Development of the Leishman-Donovan parasite in Cimex rotundatus - Number 31
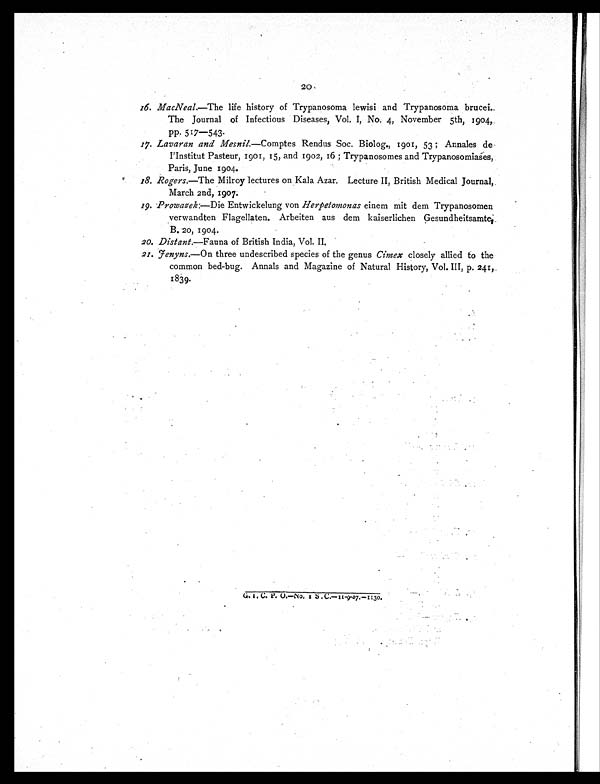
20
16. MacNeal.—The life history of Trypanosoma lewisi and Trypanosoma brucei.
The Journal of Infectious Diseases, Vol. I, No. 4, November 5th, 1904,
PP. 517—543.
17. Lavaran and Mesnil.—Comptes Rendus Soc. Biolog., 1901, 53 ; Annales de
I'Institut Pasteur, 1901, 15, and 1902, 16 ; Trypanosomes and Trypanosomiases,
Paris, June 1904.
18. Rogers.—The Milroy lectures on Kala Azar. Lecture II, British Medical Journal,
March 2nd, 1907.
19. Prowazek:—Die Entwickelung von Herpetomonas einem mit dem Trypanosomen
verwandten Flagellaten. Arbeiten aus dem kaiserliehen Gesundheitsamte,
B. 20, 1904.
20. Distant.—Fauna of British India, Vol. II.
21. Jenyns.—On three undescribed species of the genus Cimex closely allied to the
common bed-bug. Annals and Magazine of Natural History, Vol. III, p. 241,
1839.
G. I . C. P. O. —No. 1 S. C. —11- 9- 07. —1130.